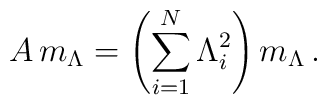
A\,  m_\Lambda=\left(\sum_{i=1}^N\Lambda_i^2 \right) m_\Lambda \, .